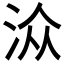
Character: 𱦏